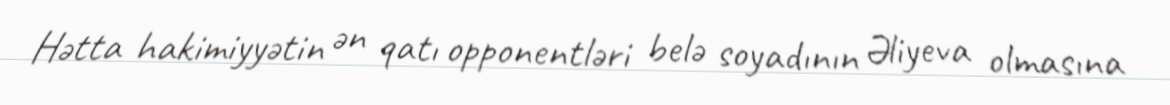
Hətta hakimiyyətin ən qatı opponentləri belə soyadının Əliyeva olmasına